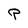
Character: P